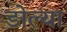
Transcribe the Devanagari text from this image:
डोल्या